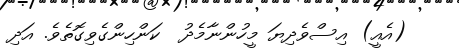
(އެއީ) އިސްވެދިޔަ މީހުންނާމެދު  ކަންހިންގެވިގޮތެވެ. އަދި